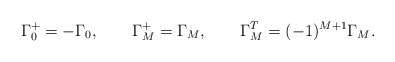
\begin{align*}\Gamma_0^+ = -\Gamma_0, \qquad \Gamma_M^+ = \Gamma_M, \qquad\Gamma_M^T = (-1)^{M+1} \Gamma_M.\end{align*}